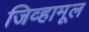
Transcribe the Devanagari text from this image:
जिव्हामूल